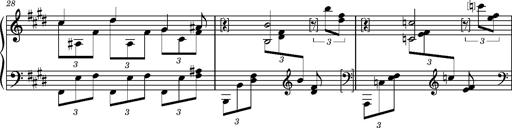
Title: PrÃ©ludes et Harmonies poÃ©tiques et religieuses
Composer: Franz Liszt